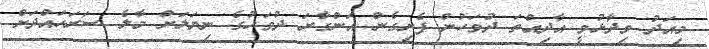
މިއަދު ވިދާޅުވީ އާދިއްތަ ދުވަހުން ފެށިގެން އަންގާރަ ދުވަހުގެ ނިޔަލަށް މާލެ ސަރަހައްދަށް